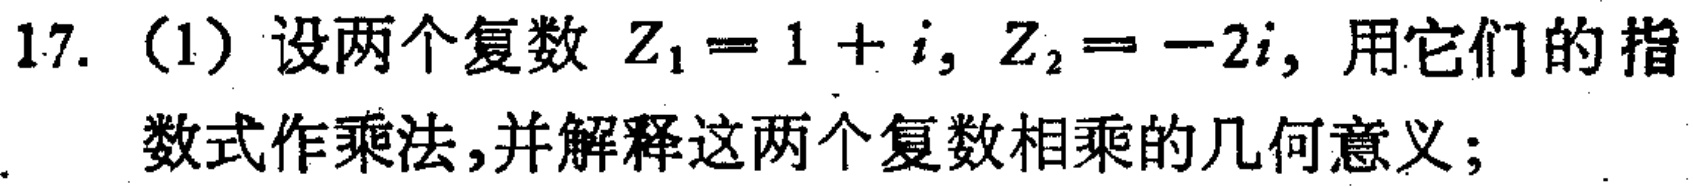
17. （1）设两个复数 \(Z_{1}=1 + i\), \(Z_{2}=-2i\), 用它们的指数式作乘法,并解释这两个复数相乘的几何意义;